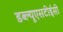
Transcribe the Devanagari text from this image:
डब्ल्यूएसटीईसी